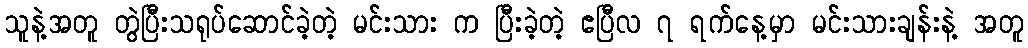
သူနဲ့အတူ တွဲပြီးသရုပ်ဆောင်ခဲ့တဲ့ မင်းသား က ပြီးခဲ့တဲ့ ဧပြီလ ၇ ရက်နေ့မှာ မင်းသားချန်းနဲ့ အတူ